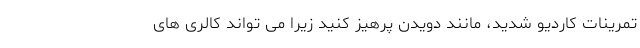
تمرینات کاردیو شدید، مانند دویدن پرهیز کنید زیرا می تواند کالری های